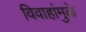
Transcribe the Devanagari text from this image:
विवाहांमुळे